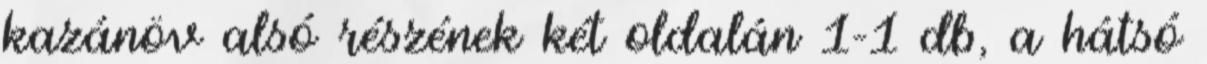
kazánöv alsó részének két oldalán 1–1 db, a hátsó